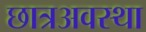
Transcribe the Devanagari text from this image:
छात्रअवस्था